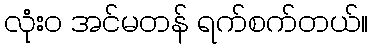
လုံး၀ အင်မတန် ရက်စက်တယ်။